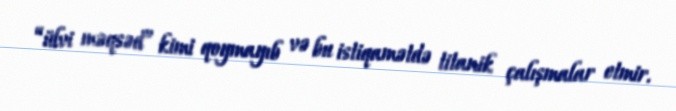
“ülvi məqsəd” kimi qoymayıb və bu istiqamətdə titanik çalışmalar etmir.